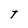
Character: t